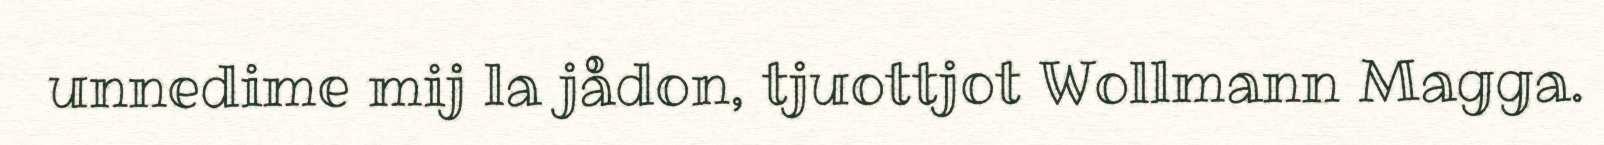
unnedime mij la jådon, tjuottjot Wollmann Magga.